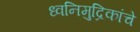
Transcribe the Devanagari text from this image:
ध्वनिमुद्रिकांचे